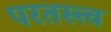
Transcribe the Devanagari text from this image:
परतस्त्त्व